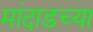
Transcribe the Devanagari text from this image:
मांदाडच्या